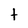
Character: t